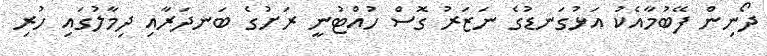
ދޯނިން ފޭބުމާއެކު އަޅުގަނޑުގެ ނަޒަރު ގޮސް ހުއްޓުނީ ރަށުގެ ބަނދަރާއި ދިމާލުގައި ހުރި